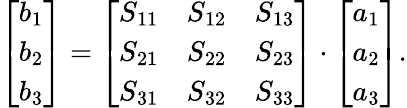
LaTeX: \left[\begin{array}{l}{b_{1}}\\ {b_{2}}\\ {b_{3}}\end{array}\right]=\left[\begin{array}{lll}{S_{11}}&{S_{12}}&{S_{13}}\\ {S_{21}}&{S_{22}}&{S_{23}}\\ {S_{31}}&{S_{32}}&{S_{33}}\end{array}\right]\cdot\left[\begin{array}{l}{a_{1}}\\ {a_{2}}\\ {a_{3}}\end{array}\right].